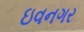
ઇવનગર